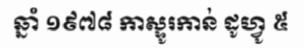
ឆ្នាំ ១៩៧៨ កាស្ទូរកាន់ ដូហ្វូ ៥